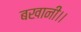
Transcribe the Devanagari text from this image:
बखानी।।